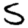
Digit: 5